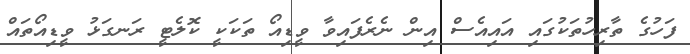
ފަހުގެ ތާރިހުތަކުގައި އައިއެސް އިން ނެރެފައިވާ ވީޑިއޯ ތަކަކީ ކޮލެޓީ ރަނގަޅު ވީޑިއޯތައް